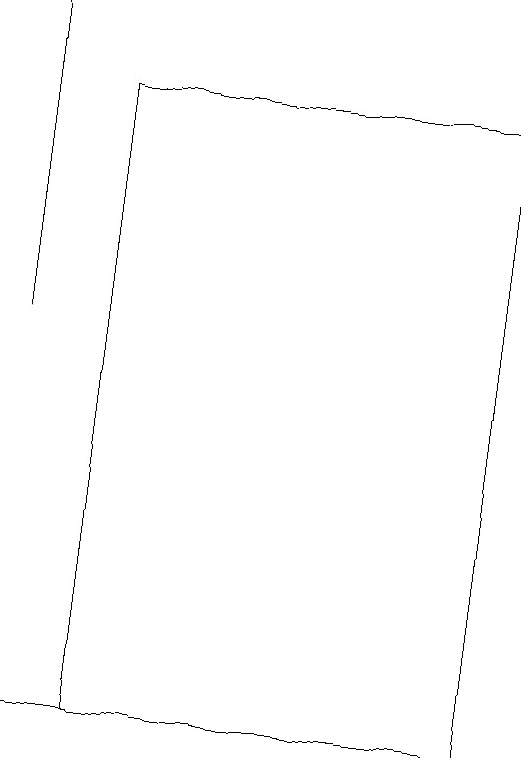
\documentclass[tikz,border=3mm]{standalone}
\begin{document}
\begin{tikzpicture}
\draw (1,18) rectangle (6,10);
\draw (0,19) rectangle (0,15);
\draw[->] (2,10) -- (0,10);
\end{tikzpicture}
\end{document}